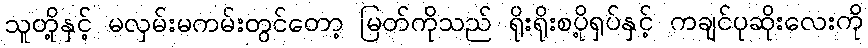
သူတို့နှင့် မလှမ်းမကမ်းတွင်တော့ မြတ်ကိုသည် ရိုးရိုးစပို့ရှပ်နှင့် ကချင်ပုဆိုးလေးကို